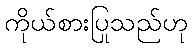
ကိုယ်စားပြုသည်ဟု